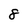
Character: 8